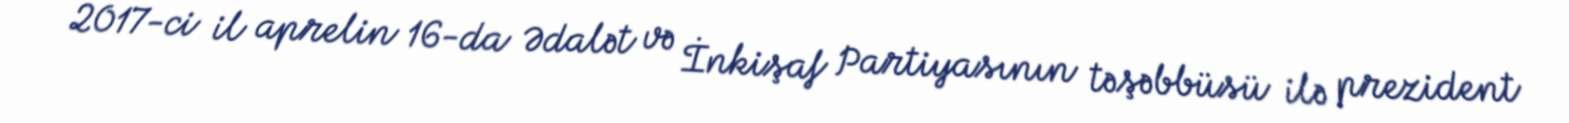
2017-ci il aprelin 16-da Ədalət və İnkişaf Partiyasının təşəbbüsü ilə prezident